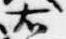
右